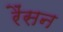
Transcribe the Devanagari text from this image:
रैंसन